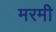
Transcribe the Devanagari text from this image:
मरमी